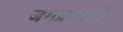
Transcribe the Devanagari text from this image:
जगप्रवासी